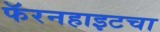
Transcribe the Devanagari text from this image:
फॅरनहाइटचा